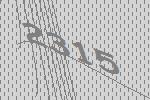
2315